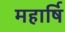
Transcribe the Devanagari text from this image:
महार्षि